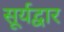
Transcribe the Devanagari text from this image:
सूर्यद्वार